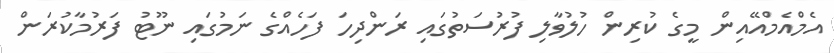
އެމްއެމްއޭއިން މީގެ ކުރިން ހުލުވާލި ފުރުސަތުގައި ރަންދިހަ ފަހެއްގެ ނަމުގައި ނޫޓު ފަރުމާކުރަން